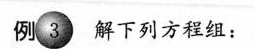
例3 解下列方程组：